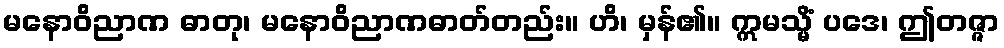
မနောဝိညာဏ ဓာတု၊ မနောဝိညာဏဓာတ်တည်း။ ဟိ၊ မှန်၏။ ဣမသ္မိံ ပဒေ၊ ဤတဇ္ဇာ